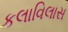
કલાવિલાસ